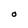
Character: O